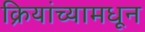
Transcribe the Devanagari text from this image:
क्रियांच्यामधून